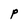
Character: P